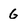
Character: G